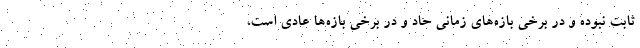
ثابت نبوده و در برخی بازه‌های زمانی حاد و در برخی بازه‌ها عادی است،